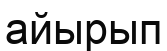
айырып